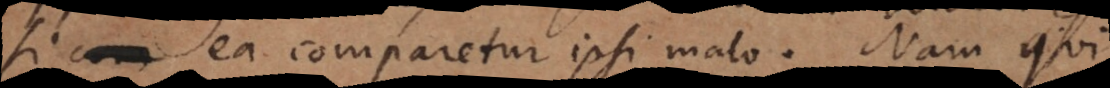
si ea comparetur ipsi malo. Nam qui